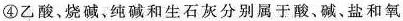
④乙酸、烧碱，纯碱和生石灰分别属于酸、碱、盐和氧